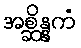
အစ္ဆိန္နကံ